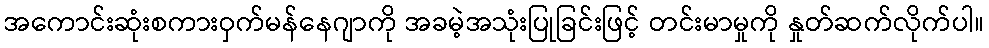
အကောင်းဆုံးစကားဝှက်မန်နေဂျာကို အခမဲ့အသုံးပြုခြင်းဖြင့် တင်းမာမှုကို နှုတ်ဆက်လိုက်ပါ။